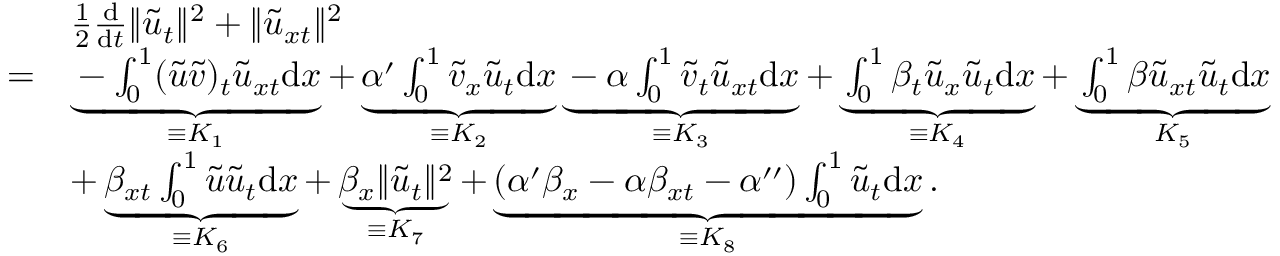
\begin{array} { r l } & { \frac { 1 } { 2 } \frac { \mathrm { d } } { \mathrm { d } t } \| \tilde { u } _ { t } \| ^ { 2 } + \| \tilde { u } _ { x t } \| ^ { 2 } } \\ { = } & { \underbrace { - \int _ { 0 } ^ { 1 } ( \tilde { u } \tilde { v } ) _ { t } \tilde { u } _ { x t } \mathrm { d } x } _ { \equiv K _ { 1 } } + \underbrace { \alpha ^ { \prime } \int _ { 0 } ^ { 1 } \tilde { v } _ { x } \tilde { u } _ { t } \mathrm { d } x } _ { \equiv K _ { 2 } } \underbrace { - \alpha \int _ { 0 } ^ { 1 } \tilde { v } _ { t } \tilde { u } _ { x t } \mathrm { d } x } _ { \equiv K _ { 3 } } + \underbrace { \int _ { 0 } ^ { 1 } \beta _ { t } \tilde { u } _ { x } \tilde { u } _ { t } \mathrm { d } x } _ { \equiv K _ { 4 } } + \underbrace { \int _ { 0 } ^ { 1 } \beta \tilde { u } _ { x t } \tilde { u } _ { t } \mathrm { d } x } _ { K _ { 5 } } } \\ & { + \underbrace { \beta _ { x t } \int _ { 0 } ^ { 1 } \tilde { u } \tilde { u } _ { t } \mathrm { d } x } _ { \equiv K _ { 6 } } + \underbrace { \beta _ { x } \| \tilde { u } _ { t } \| ^ { 2 } } _ { \equiv K _ { 7 } } + \underbrace { ( \alpha ^ { \prime } \beta _ { x } - \alpha \beta _ { x t } - \alpha ^ { \prime \prime } ) \int _ { 0 } ^ { 1 } \tilde { u } _ { t } \mathrm { d } x } _ { \equiv K _ { 8 } } . } \end{array}